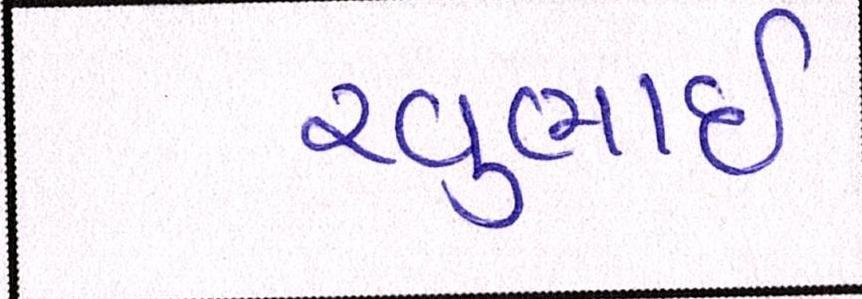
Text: રવુભાઇ